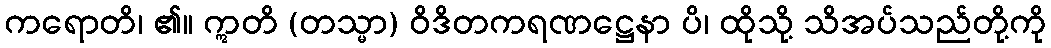
ကရောတိ၊ ၏။ ဣတိ (တသ္မာ) ဝိဒိတကရဏဋ္ဌေနာ ပိ၊ ထိုသို့ သိအပ်သည်တို့ကို